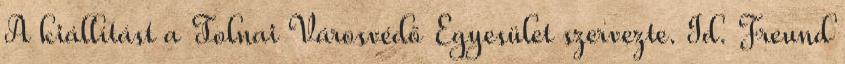
A kiállítást a Tolnai Városvédő Egyesület szervezte. Id. Freund